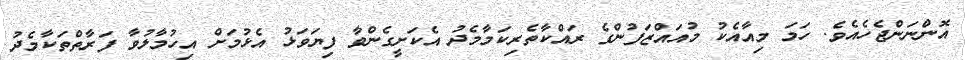
އޮންނަންޖެހެއެވެ. ހަމަ މިއާއެކު މުއައްޒަފުންގެ ރައްކާތެރިކަމާމެދު އެކަށީގެންވާ ފިޔަވަޅު އެޅުމަށް އިހުމާލުވާ ފަރާތްތަކާމެދު